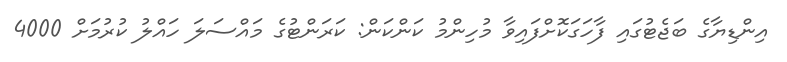
އިންޑިޔާގެ ބަޖެޓުގައި ފާހަގަކޮށްފައިވާ މުހިންމު ކަންކަން: ކަރަންޓުގެ މައްސަލަ ހައްލު ކުރުމަށް 4000